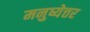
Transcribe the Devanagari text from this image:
मनुष्येत्तर